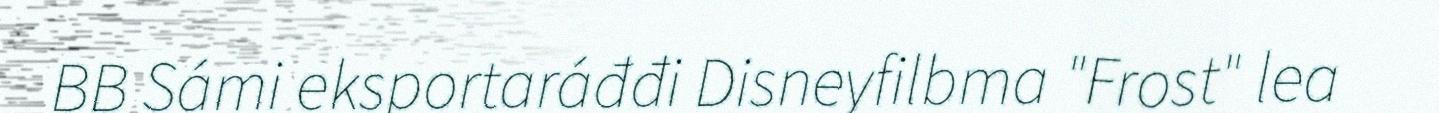
BB Sámi eksportaráđđi Disneyfilbma "Frost" lea